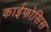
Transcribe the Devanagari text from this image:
काईफोसिस